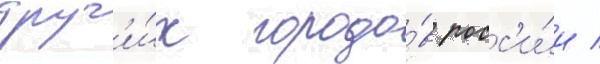
друг'и́х городо́в росс'и́и /